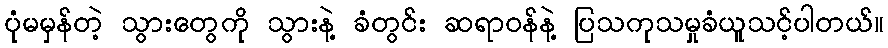
ပုံမမှန်တဲ့ သွားတွေကို သွားနဲ့ ခံတွင်း ဆရာဝန်နဲ့ ပြသကုသမှုခံယူသင့်ပါတယ်။